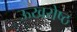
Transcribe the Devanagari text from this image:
ऊखरोष्ठ